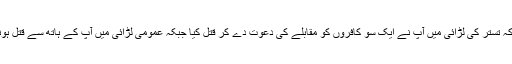
علامہ ابن اثیر فرماتے ہیں کہ تستر کی لڑائی میں آپ نے ایک سو کافروں کو مقابلے کی دعوت دے کر قتل کیا جبکہ عمومی لڑائی میں آپ کے ہاتھ سے قتل ہونے والے ان کے علاوہ ہیں ۔